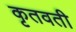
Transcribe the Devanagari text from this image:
कृतवती